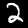
Digit: 2